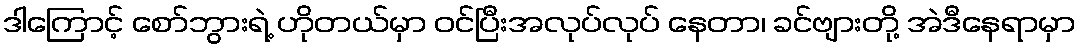
ဒါကြောင့် စော်ဘွားရဲ့ ဟိုတယ်မှာ ဝင်ပြီးအလုပ်လုပ် နေတာ၊ ခင်ဗျားတို့ အဲဒီနေရာမှာ